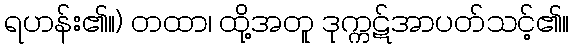
ရဟန်း၏။) တထာ၊ ထို့အတူ ဒုက္ကဋ်အာပတ်သင့်၏။